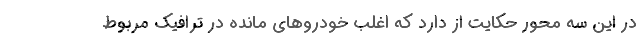
در این سه محور حکایت از دارد که اغلب خودروهای مانده در ترافیک مربوط